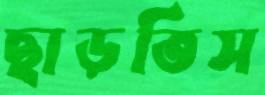
ছাড়তিস